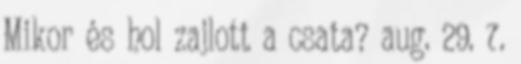
Mikor és hol zajlott a csata? aug. 29. 7.